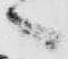
へ